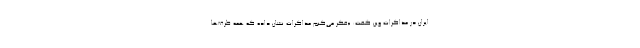
ایران در مذاکرات وین گفت: «فکر می‌کنم مذاکرات نشان داده که همه طرف‌ها